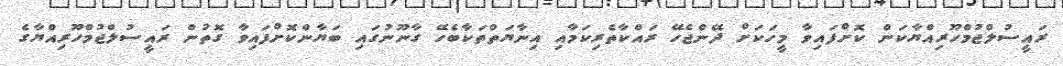
ރައީސުލްޖުމްހޫރިއްޔާކަން ކޮށްފައިވާ މީހަކަށް ދޭންޖެހޭ ރައްކާތެރިކަމާއި އިނާޔަތްތަކާބެހޭ ގާނޫނުގައި ބަޔާންކޮށްފައިވާ ގޮތުން ރައީސުލްޖުމްހޫރިއްޔާގެ